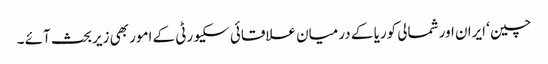
چین ‘ ایران اور شمالی کوریا کے درمیان علاقائی سکیورٹی کے امور بھی زیربحث آئے ۔